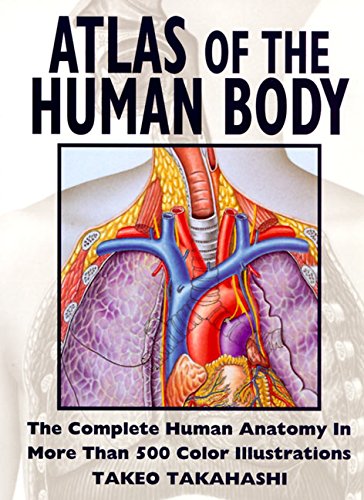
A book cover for Atlas of the Human Body; Takeo Takahashi; Reference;